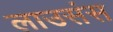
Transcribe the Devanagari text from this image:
लाउसंस